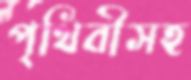
পৃথিবীসহ